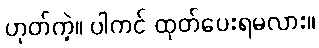
ဟုတ်ကဲ့။ ပါကင် ထုတ်ပေးရမလား။